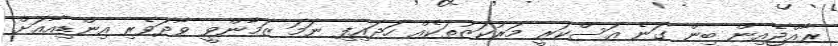
ރާއްޖެއިން ބިން ގަނެ އަސްކަރީ މަރުކަޒުތަކެއް ހަދައިފި ނަމަ ޒަމާންވީ ވާދަވެރި އިންޑިއާއަށް